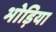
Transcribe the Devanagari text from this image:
भोड़िया